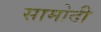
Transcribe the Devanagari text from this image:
सामोदी